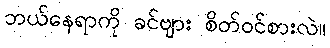
ဘယ်နေရာကို ခင်ဗျား စိတ်ဝင်စားလဲ။